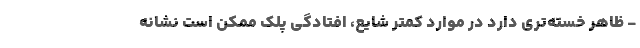
- ظاهر خسته‌تری دارد در موارد کمتر شایع، افتادگی پلک ممکن است نشانه